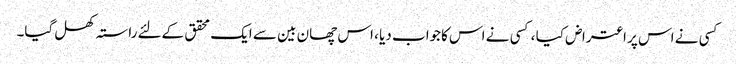
کسی نے اس پر اعتراض کیا ، کسی نے اس کاجواب دیا ، اس چھان بین سے ایک محقق کےلئے راستہ کھل گیا۔